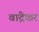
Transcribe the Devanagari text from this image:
वांद्रेकर